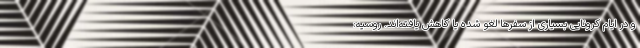
و در ایام کرونایی بسیاری از سفرها لغو شده یا کاهش یافته‌اند. روسیه: